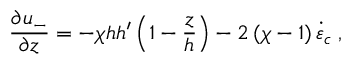
\frac { \partial u _ { - } } { \partial z } = - \chi h h ^ { \prime } \left( 1 - \frac { z } { h } \right) - 2 \, ( \chi - 1 ) \, \dot { \varepsilon } _ { c } \; ,